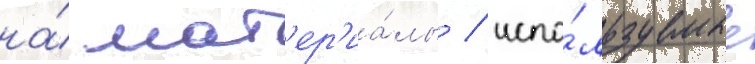
на́ мат'ер'иа́лы / испо́льзуемые